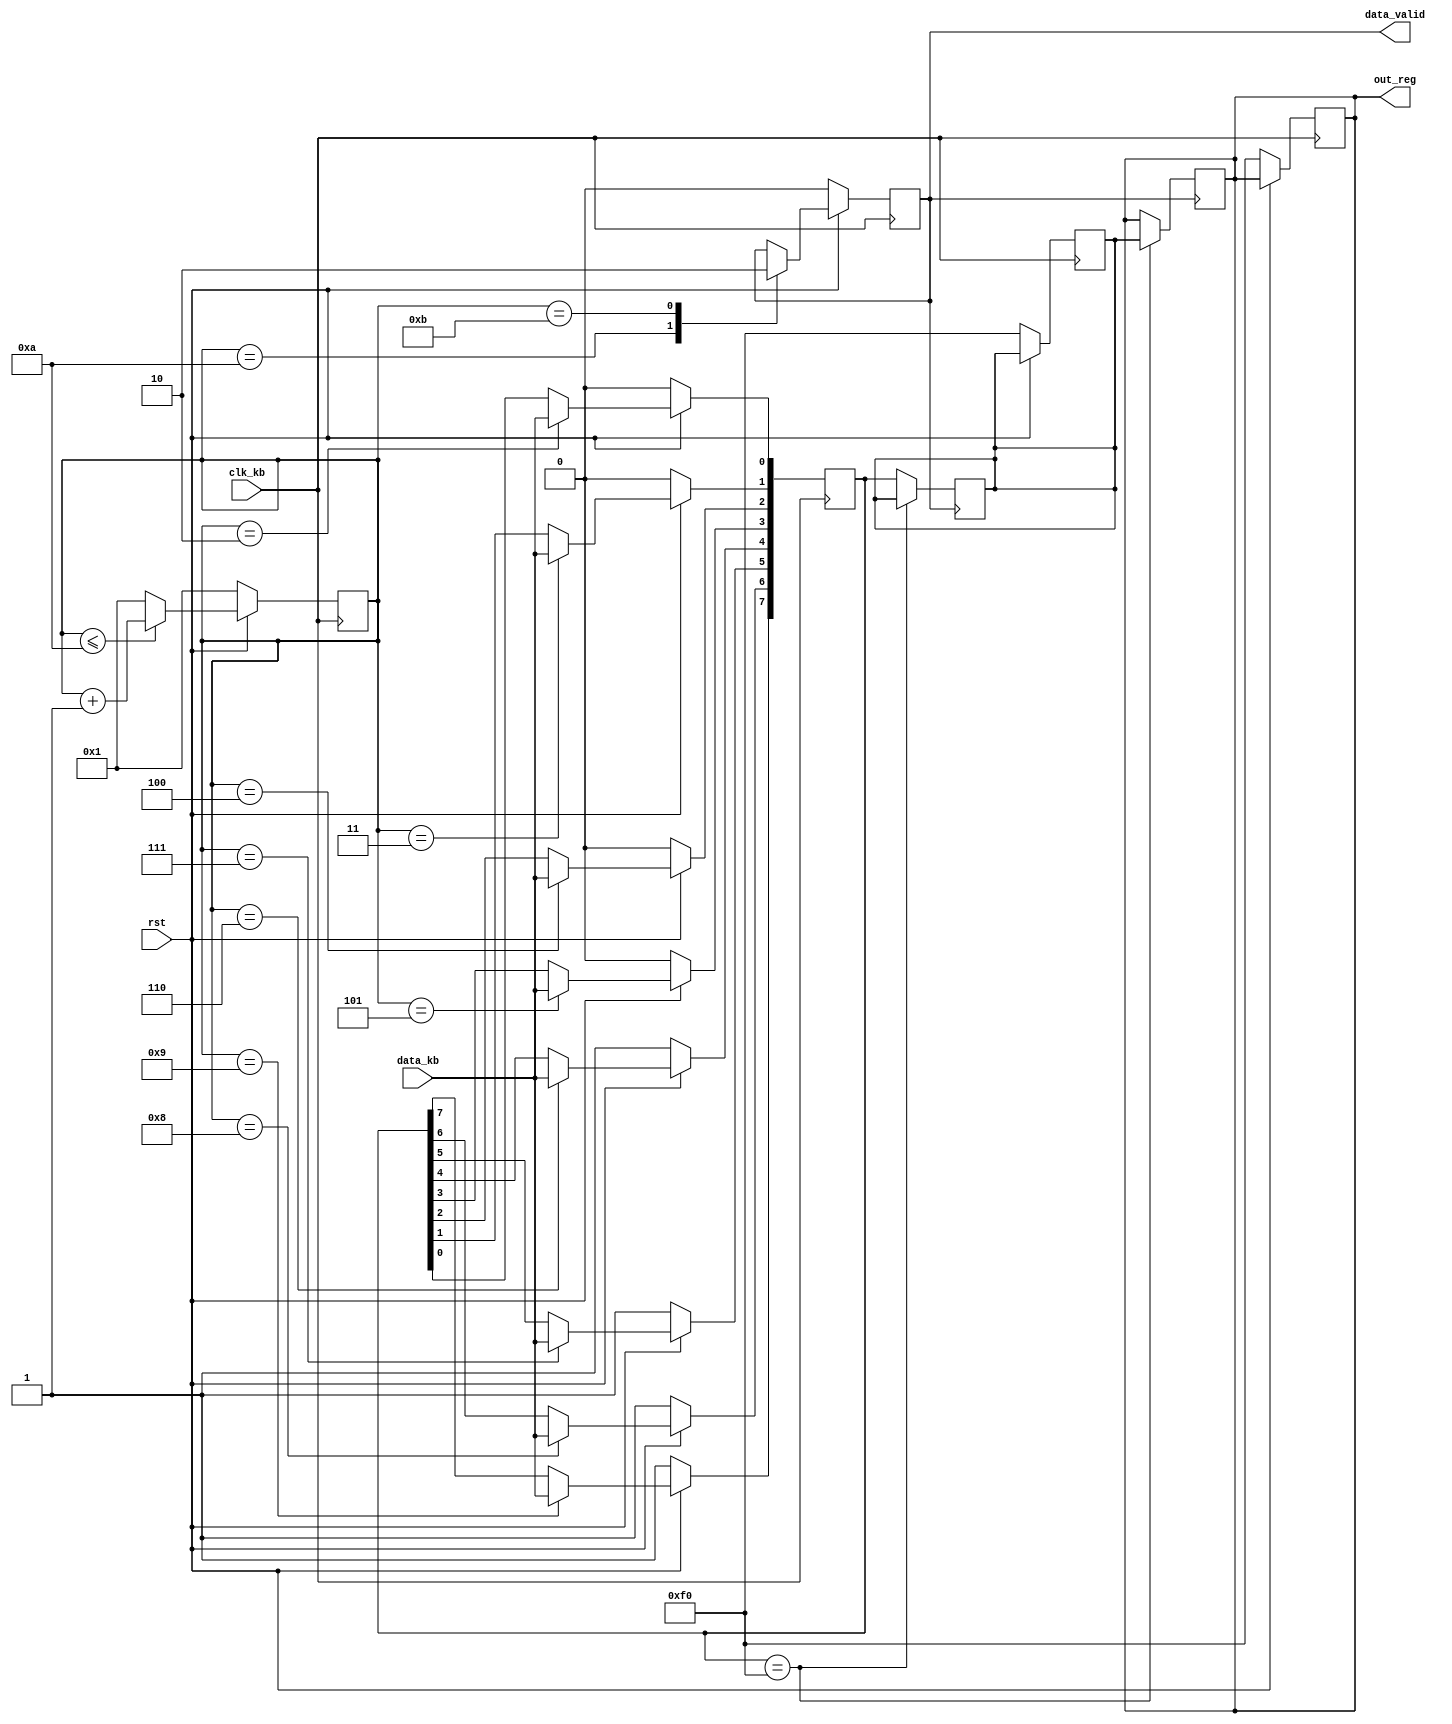
module keyboard(	input clk_kb,
 	              input data_kb,
 	              input rst,
 	              output reg [7:0] out_reg,
 	              output data_valid
 	              );

reg [3:0] counter;
reg [7:0] data_curr;
reg [7:0] data_pre;
reg flag;




always @(negedge clk_kb)
  if (~rst) begin
     counter = 4'h1;
	   data_curr = 8'hf0;
	   data_pre = 8'hf0;
	   flag = 1'b0;
	   out_reg = 8'hf0;
	   end
	 else begin
	   case (counter)
	   	1:;
		  2: 	data_curr[0] <= data_kb;
		  3: 	data_curr[1] <= data_kb;	
		  4: 	data_curr[2] <= data_kb;
		  5: 	data_curr[3] <= data_kb;	
		  6: 	data_curr[4] <= data_kb;
		  7: 	data_curr[5] <= data_kb;	
		  8: 	data_curr[6] <= data_kb;
		  9: 	data_curr[7] <= data_kb;
		  10:	flag <= 1'b1;
		  11: flag <= 1'b0;
	    endcase

	if (counter <= 10)
		counter <= counter + 4'h1;
	else 
		counter <= 4'h1;
end

always @(posedge flag)
begin
	if (data_curr == 8'hf0)
		out_reg <= data_pre;
	else
		data_pre <= data_curr;
end
assign data_valid = flag;
endmodule